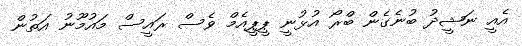
އެއީ ނަޝީދު ބުނެގެން ބްރޯ އުޅުނީ ޕީޕީއެމް ވެސް ރައީސް މައުމޫނު އަތުން